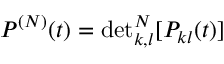
P ^ { ( N ) } ( t ) = \mathrm { d e t } _ { k , l } ^ { N } [ P _ { k l } ( t ) ]